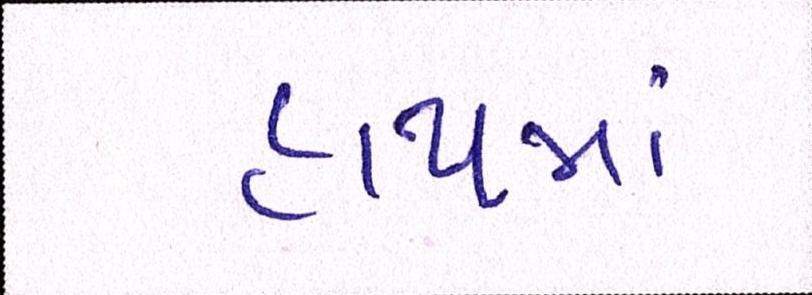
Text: હાથમાં